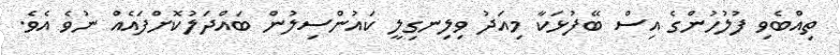
ތިއްބެވި ފުލުހުންގެ އިސް ބޭފުޅަކާ މިއަދު ވިލިނގިލީ ކައުންސިލުން ބައްދަލުކޮށްފައެއް ނުވެ އެވެ.